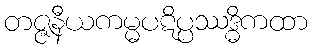
တဇ္ဇနီယကမ္မပဋိပ္ပဿဒ္ဓိကထာ